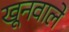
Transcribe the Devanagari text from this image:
खूनवाले